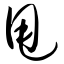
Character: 甩